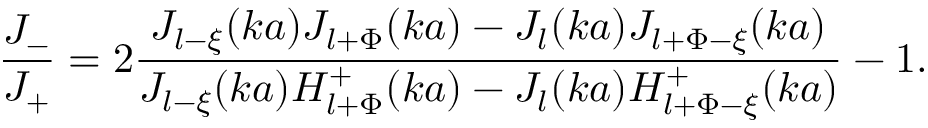
\displaystyle \frac { { \cal J } _ { - } } { { \cal J } _ { + } } = 2 \displaystyle \frac { J _ { l - \xi } ( k a ) J _ { l + \Phi } ( k a ) - J _ { l } ( k a ) J _ { l + \Phi - \xi } ( k a ) } { J _ { l - \xi } ( k a ) H _ { l + \Phi } ^ { + } ( k a ) - J _ { l } ( k a ) H _ { l + \Phi - \xi } ^ { + } ( k a ) } - 1 .